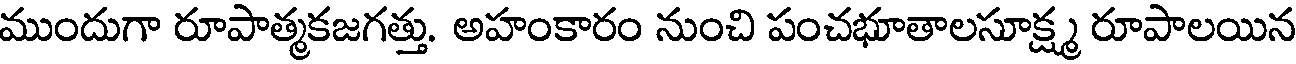
ముందుగా రూపాత్మకజగత్తు. అహంకారం నుంచి పంచభూతాలసూక్ష్మ రూపాలయిన